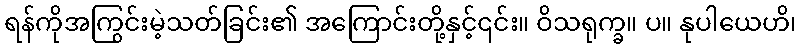
ရန်ကိုအကြွင်းမဲ့သတ်ခြင်း၏ အကြောင်းတို့နှင့်၎င်း။ ဝိသရုက္ခ။ ပ။ နုပါယေဟိ၊